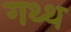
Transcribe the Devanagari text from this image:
गथ्थ